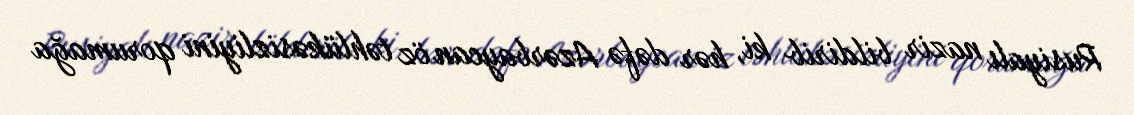
Rusiyalı nazir bildirib ki, hər dəfə Azərbaycan öz təhlükəsizliyini qorumağa